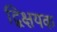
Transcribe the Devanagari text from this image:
द्विक्षयक